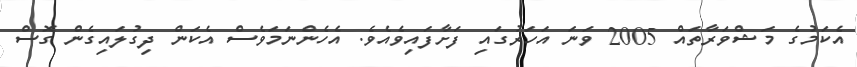
އެކަމުގެ މަޝްވަރާތައް 2005 ވަނަ އަހަރުގައި ފަށާފައިވެއެވެ. އެހެންނަމަވެސް އެކަން ދިގުލައިގެން ގޮސް